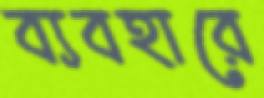
ব্যবহারে